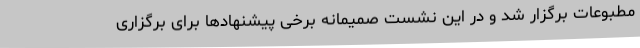
مطبوعات برگزار شد و در این نشست صمیمانه برخی پیشنهادها برای برگزاری